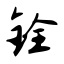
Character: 铨